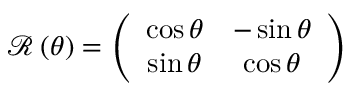
\begin{array} { r } { { \mathcal R } \left( \theta \right) = \left( \begin{array} { c c } { \cos \theta } & { - \sin \theta } \\ { \sin \theta } & { \cos \theta } \end{array} \right) } \end{array}